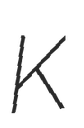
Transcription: K